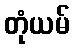
တုံယမ်